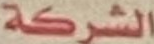
الشركة